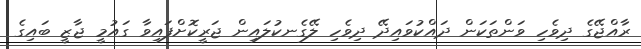
ރާއްޖޭގެ ދިވެހި ވަންތަކަން ދައްކުވައިދޭ ދިވެހި ލޭގެނކުލައިން ޖަރީކޮށްފައިވާ ގައުމީ ޖާޒީ ބައިގެ